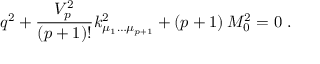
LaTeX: q ^ { 2 } + { \frac { V _ { p } ^ { 2 } } { ( p + 1 ) ! } } k _ { \mu _ { 1 } \dots \mu _ { p + 1 } } ^ { 2 } + ( p + 1 ) \, M _ { 0 } ^ { 2 } = 0 \ .